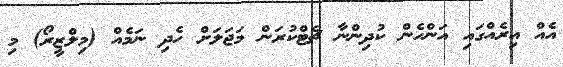
އެއް އިރެއްގައި އަންހެން ކުދިންނާ ޗެޓްކުރަން މަޖަލަށް ހެދި ނަމެއް (މިލްޒީރޯ) މި